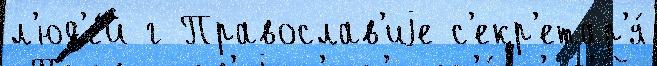
л'юд'е́й г Православ'иjе с'екр'етар'я́